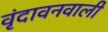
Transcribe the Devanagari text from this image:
वृंदावनवाली